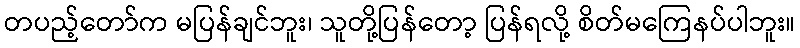
တပည့်တော်က မပြန်ချင်ဘူး၊ သူတို့ပြန်တော့ ပြန်ရလို့ စိတ်မကြေနပ်ပါဘူး။